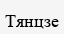
Тянцзе